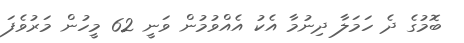
ބޮމުގެ ދެ ހަމަލާ ދިނުމާ އެކު އެއްވުމުން ވަނީ 62 މީހުން މަރުވެފަ